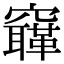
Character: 𥨳